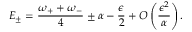
E _ { \pm } = { \frac { \omega _ { + } + \omega _ { - } } { 4 } } \pm \alpha - { \frac { \epsilon } { 2 } } + O \left( { \frac { \epsilon ^ { 2 } } { \alpha } } \right) .